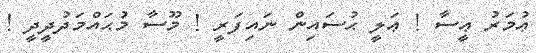
ޢުމަރު ޢީސާ ! ޢަލީ ޙުސައިން ނައިފަރީ ! މޫސާ މުޙައްމަދުދީދީ !